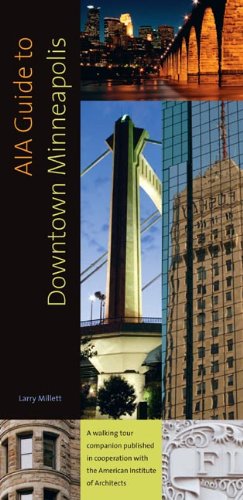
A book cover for AIA Guide to Downtown Minneapolis; Larry Millett; Travel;